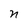
Character: n